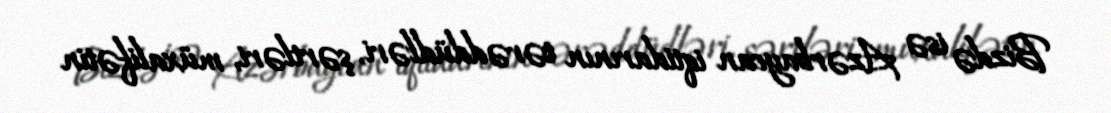
Bizdə isə Azərbaycan iqtidarının tərəddüdləri, şərtləri, müxalifətin